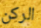
الركن